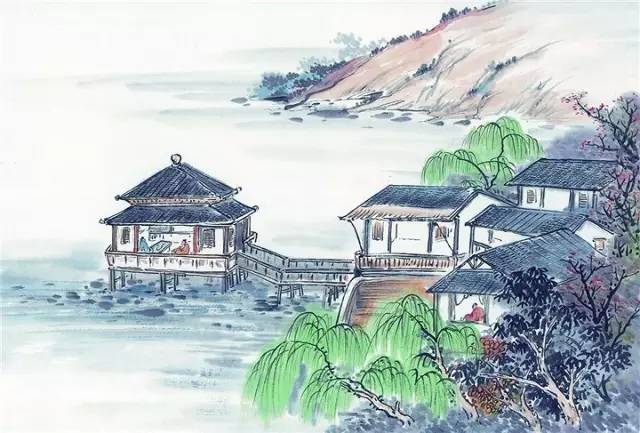
钓者之恭，非为鱼赐也饵鼠以虫，非爱之也。